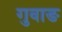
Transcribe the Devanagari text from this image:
गुवाङ